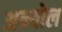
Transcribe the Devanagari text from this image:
अन्योल